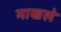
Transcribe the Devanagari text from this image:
माखले